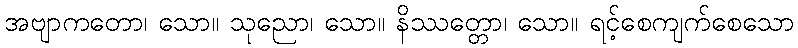
အဗျာကတော၊ သော။ သုညော၊ သော။ နိဿတ္တော၊ သော။ ရင့်စေကျက်စေသော